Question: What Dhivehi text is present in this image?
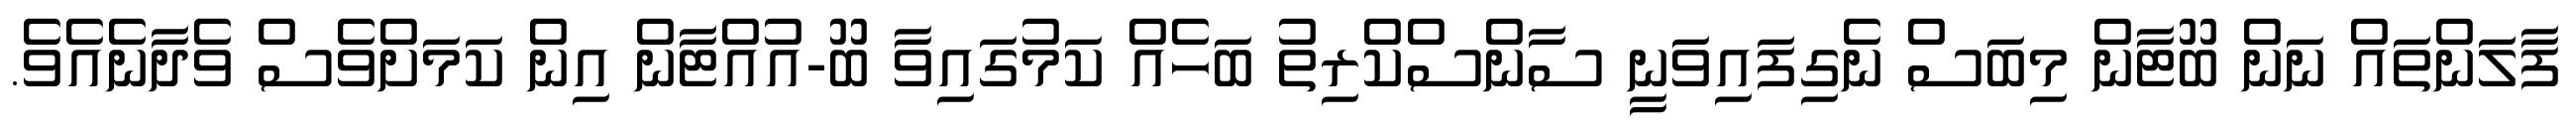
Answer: ފާލަންތައް ނަން ބޫޓާން މިބަސް ނެގިފައިވަނީ ސާންސްކްރިތު ބަހެއް ކަމުގައިވާ ބޫ-އުއްޓާން އިން ކަމަށްވެސް ވެދާނެއެވެ.